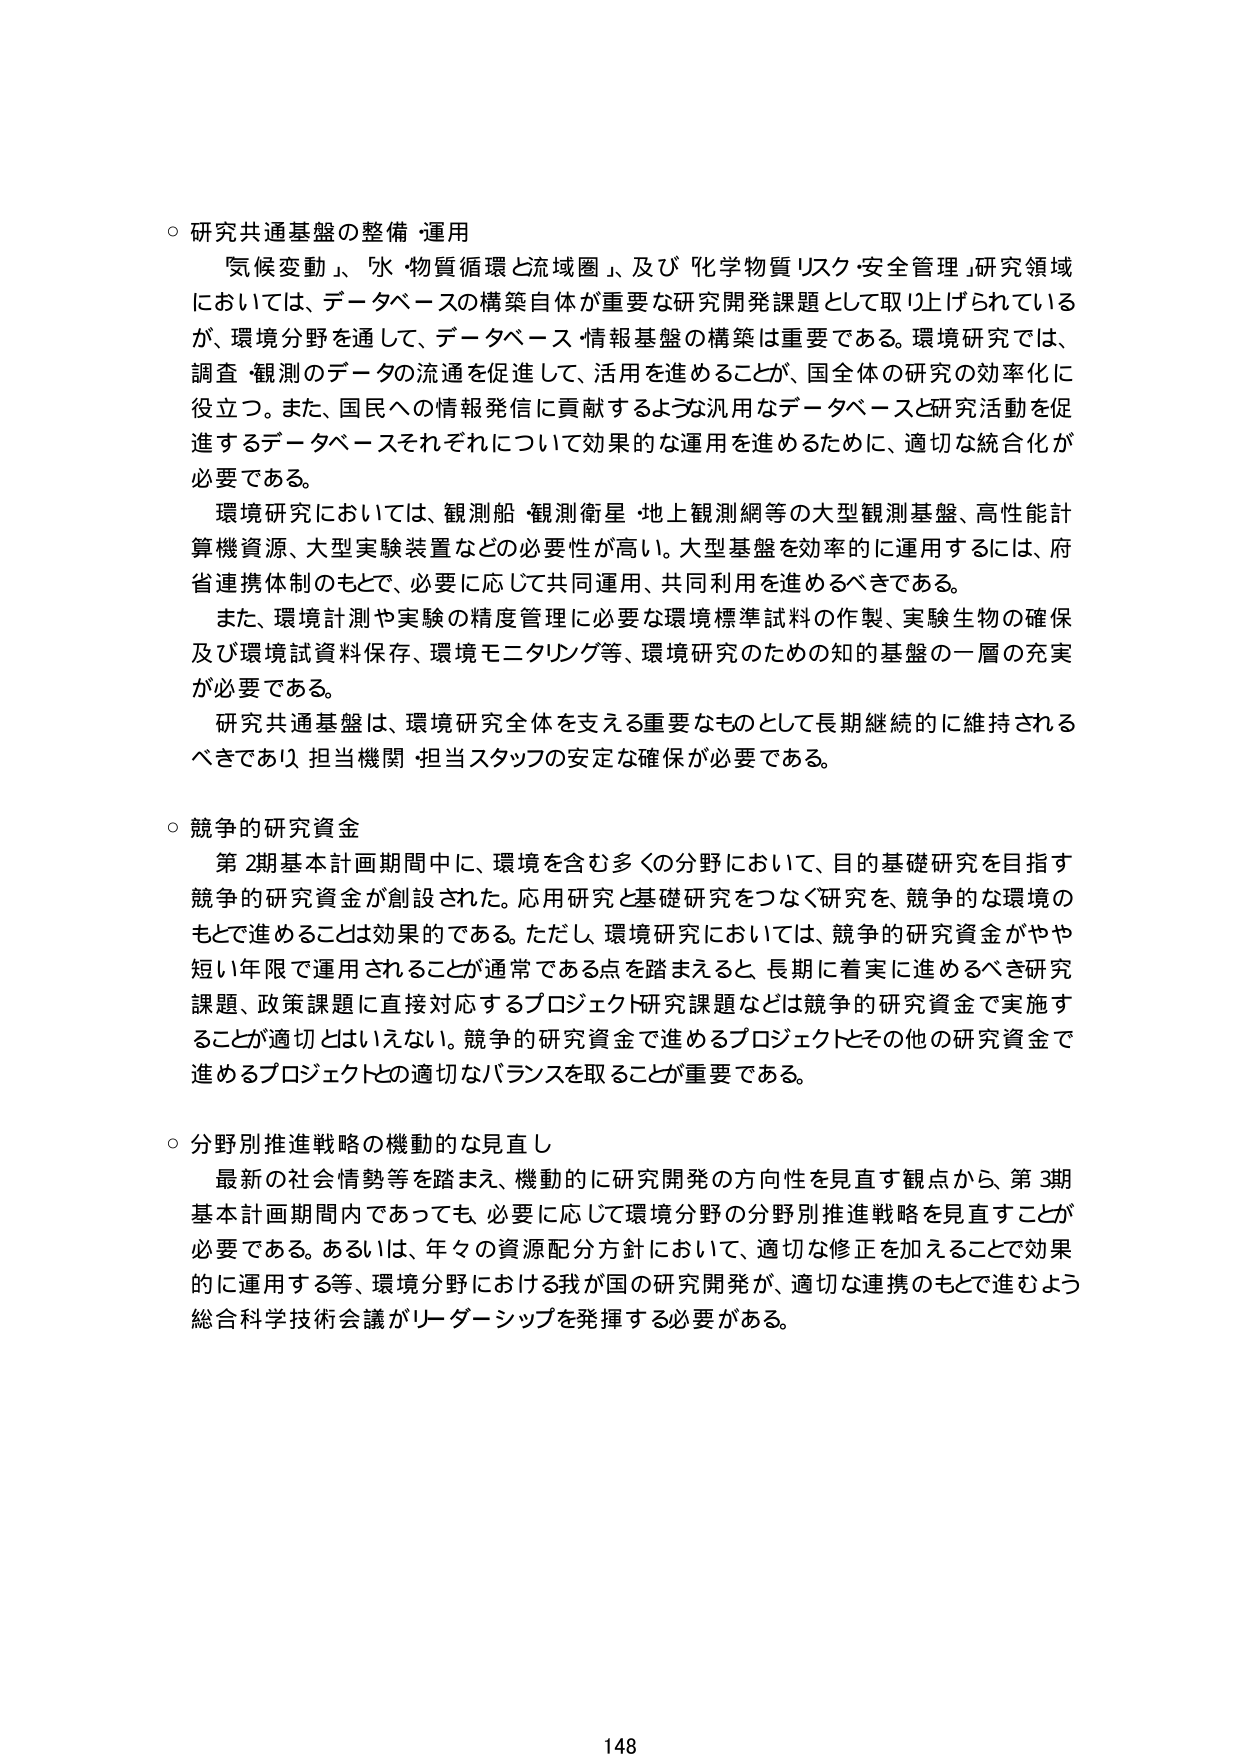
○ 研究共通基盤の整備・運用
「気候変動」、「水・物質循環と流域圏」、及び「化学物質リスク・安全管理」研究領域においては、データベースの構築自体が重要な研究開発課題として取り上げられているが、環境分野を通して、データベース・情報基盤の構築は重要である。環境研究では、調査・観測のデータの流通を促進して、活用を進めること、が、国全体の研究の効率化に役立つ。また、国民への情報発信に貢献するような汎用なデータベースと研究活動を促進するデータベースそれぞれについて効果的な運用を進めるために、適切な統合化が必要である。

環境研究においては、観測船・観測衛星・地上観測網等の大型観測基盤、高性能計算機資源、大型実験装置などの必要性が高い。大型基盤を効率的に運用するには、府省連携体制のもとで、必要に応じて共同運用、共同利用を進めるべきである。

また、環境計測や実験の精度管理に必要な環境標準試料の作製、実験生物の確保及び環境試資料保存、環境モニタリング等、環境研究のための知的基盤の一層の充実が必要である。

研究共通基盤は、環境研究全体を支える重要なものとして長期継続的に維持されるべきであり、担当機関・担当スタッフの安定な確保が必要である。

○ 競争的研究資金
第2期基本計画期間中に、環境を含む多くの分野において、目的基礎研究を目指す競争的研究資金が創設された。応用研究と基礎研究をつなぐ研究を、競争的な環境のもとで進めることは効果的である。ただし、環境研究においては、競争的研究資金がやや短い年限で運用されることが通常である点を踏まえると、長期に着実に進めるべき研究課題、政策課題に直接対応するプロジェクト研究課題などは競争的研究資金で実施することが適切とはいえない。競争的研究資金で進めるプロジェクトとその他の研究資金で進めるプロジェクトの適切なバランスを取ることが重要である。

○ 分野別推進戦略の機動的な見直し
最新の社会情勢等を踏まえ、機動的に研究開発の方向性を見直す観点から、第3期基本計画期間内であっても、必要に応じて環境分野の分野別推進戦略を見直すことが必要である。あるいは、年々の資源配分方針において、適切な修正を加えることで効果的に運用する等、環境分野における我が国の研究開発が、適切な連携のもとで進むよう総合科学技術会議がリーダーシップを発揮する必要がある。

148